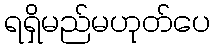
ရရှိမည်မဟုတ်ပေ